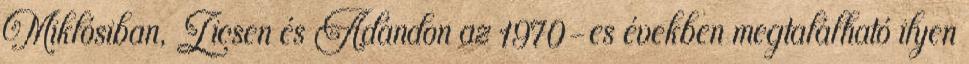
Miklósiban, Zicsen és Ádándon az 1970-es években megtalálható ilyen